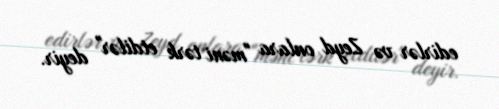
edirlər və Zeyd onlara "məni tərk etdilər" deyir.